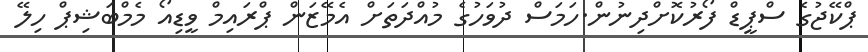
ޕްކޭޖުގެ ސްޕީޑް ފޯރުކޮށްދިނުން.ހަމަސް ދުވަހުގެ މުއްދަތަށް އެމޭޒަން ޕްރައިމް ވީޑިއޯ މެމްބަޝިޕް ހިލޭ